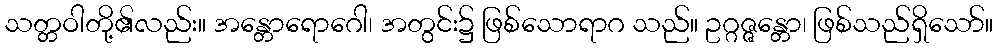
သတ္တဝါတို့၏လည်း။ အန္တောရောဂေါ၊ အတွင်း၌ ဖြစ်သောရာဂ သည်။ ဥဂ္ဂဇ္ဇန္တော၊ ဖြစ်သည်ရှိသော်။